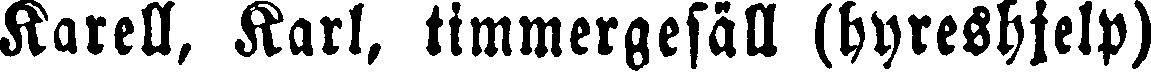
Karell, Karl, timmergesäll (hyreshjelp)